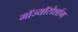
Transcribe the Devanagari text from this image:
मॉज्यॉरोर्शाग